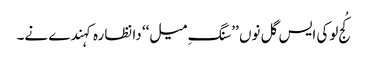
کُج لوکی ایس گل نوں ’’سنگِ میل‘‘ دا نظارہ کہندے نے۔